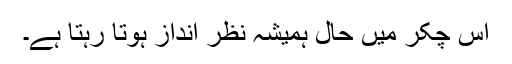
اس چکر میں حال ہمیشہ نظر انداز ہوتا رہتا ہے۔